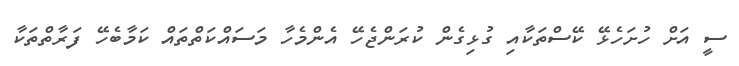
ސީ އަށް ހުށަހެޅޭ ކޭސްތަކާއި ގުޅިގެން ކުރަންޖެހޭ އެންމެހާ މަސައްކަތްތައް ކަމާބެހޭ ފަރާތްތަކާ